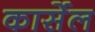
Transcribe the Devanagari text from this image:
कार्सेल